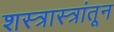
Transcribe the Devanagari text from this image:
शस्त्रास्त्रांतून